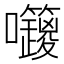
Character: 𡆅